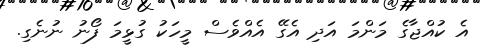
އެ ކުއްޖާގެ މަންމަ އަދި އެގޭ އެއްވެސް މީހަކު ގުޅީމަ ފޯނު ނުނެގި.